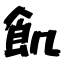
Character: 飢